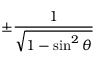
\pm { \frac { 1 } { \sqrt { 1 - \sin ^ { 2 } \theta } } }